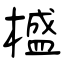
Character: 𣛮